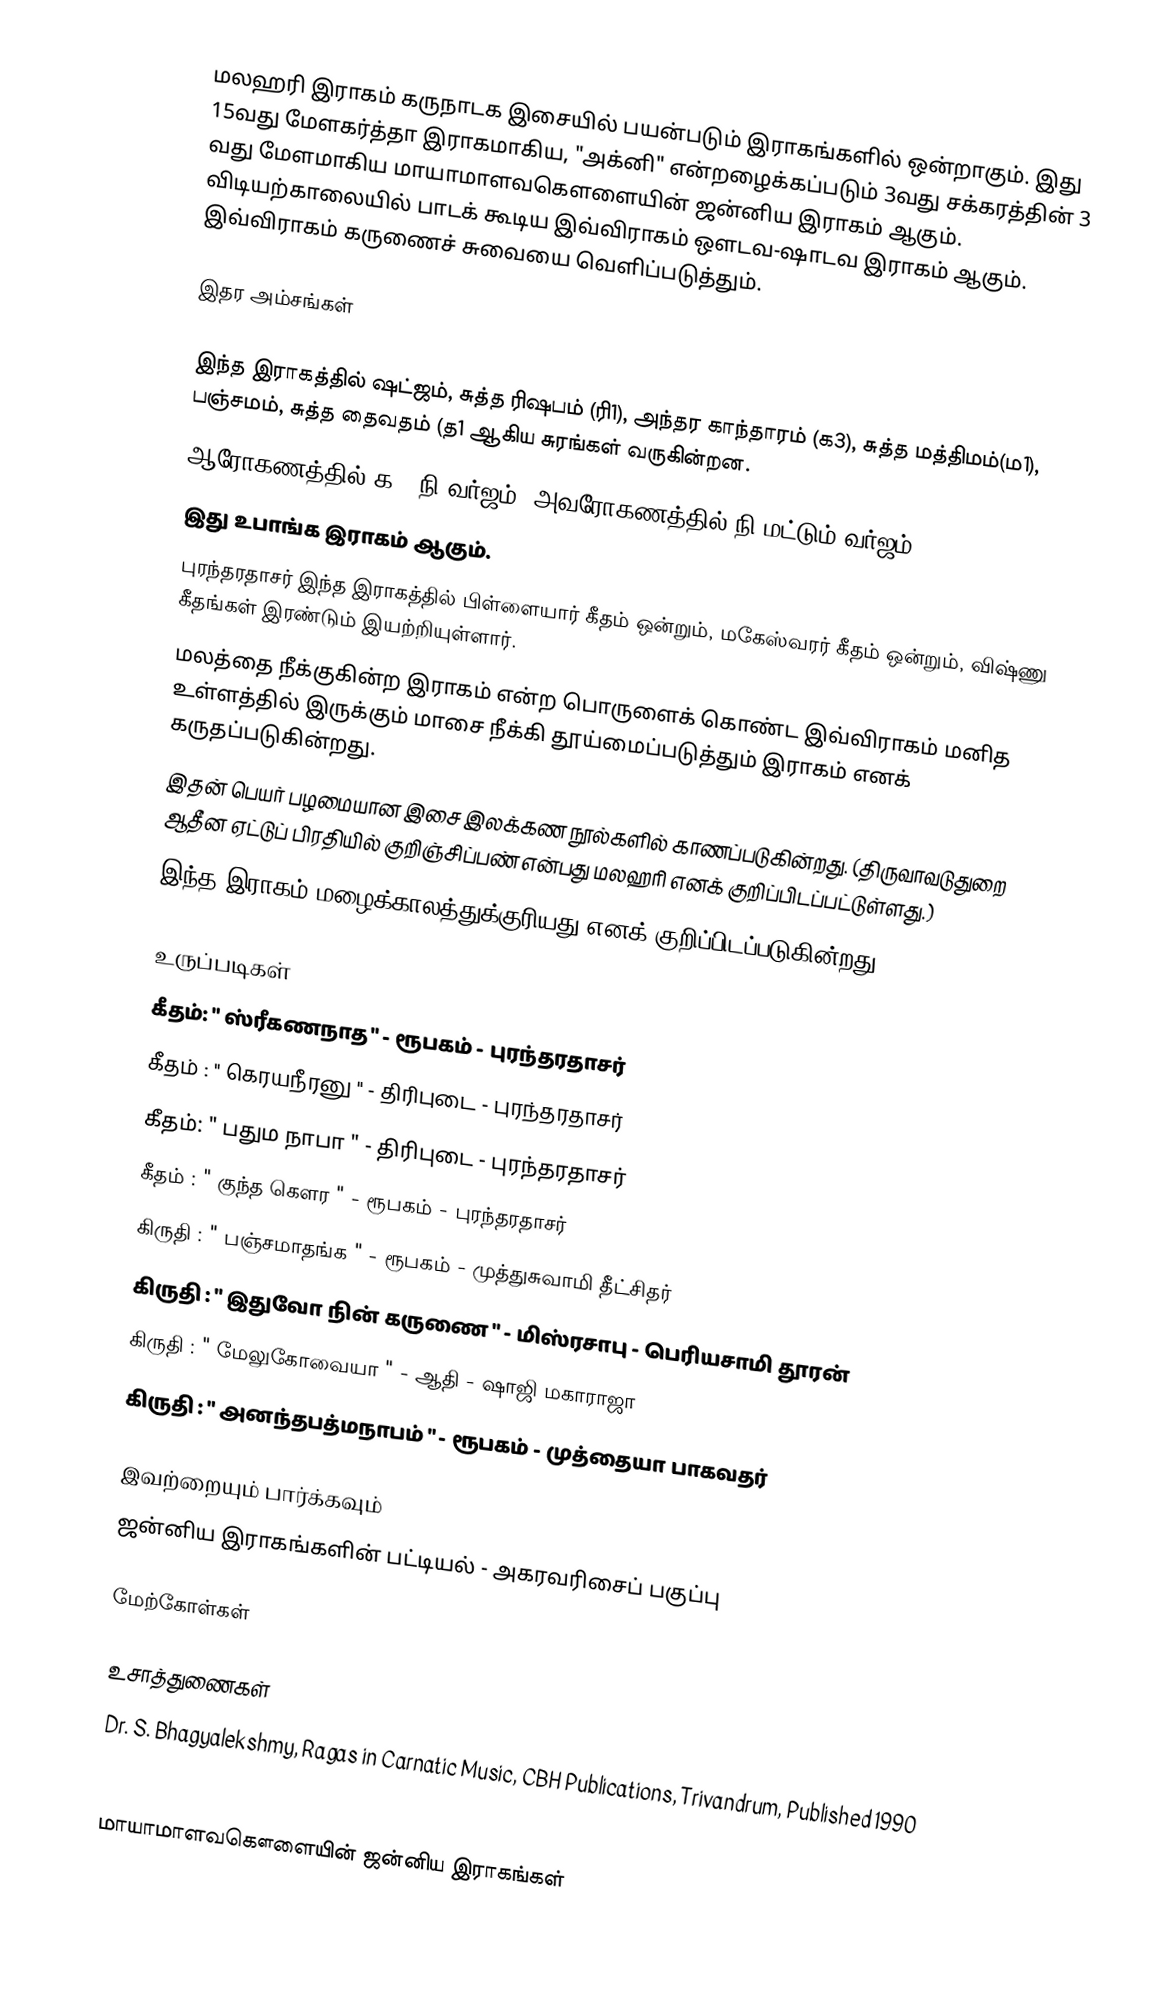
மலஹரி இராகம் கருநாடக இசையில் பயன்படும் இராகங்களில் ஒன்றாகும். இது 15வது மேளகர்த்தா இராகமாகிய, "அக்னி" என்றழைக்கப்படும் 3வது சக்கரத்தின் 3 வது மேளமாகிய மாயாமாளவகௌளையின் ஜன்னிய இராகம் ஆகும். விடியற்காலையில் பாடக் கூடிய இவ்விராகம் ஔடவ-ஷாடவ இராகம் ஆகும். இவ்விராகம் கருணைச் சுவையை வெளிப்படுத்தும்.

இதர அம்சங்கள்

 இந்த இராகத்தில் ஷட்ஜம், சுத்த ரிஷபம் (ரி1), அந்தர காந்தாரம் (க3), சுத்த மத்திமம்(ம1), பஞ்சமம், சுத்த தைவதம் (த1 ஆகிய சுரங்கள் வருகின்றன.
 ஆரோகணத்தில் க , நி வர்ஜம். அவரோகணத்தில் நி மட்டும் வர்ஜம்.
 இது உபாங்க இராகம் ஆகும்.
 புரந்தரதாசர் இந்த இராகத்தில் பிள்ளையார் கீதம் ஒன்றும், மகேஸ்வரர் கீதம் ஒன்றும், விஷ்ணு கீதங்கள் இரண்டும் இயற்றியுள்ளார்.
 மலத்தை நீக்குகின்ற இராகம் என்ற பொருளைக் கொண்ட இவ்விராகம் மனித உள்ளத்தில் இருக்கும் மாசை நீக்கி தூய்மைப்படுத்தும் இராகம் எனக் கருதப்படுகின்றது.
 இதன் பெயர் பழமையான இசை இலக்கண நூல்களில் காணப்படுகின்றது. (திருவாவடுதுறை ஆதீன ஏட்டுப் பிரதியில் குறிஞ்சிப்பண் என்பது மலஹரி எனக் குறிப்பிடப்பட்டுள்ளது.)
 இந்த இராகம் மழைக்காலத்துக்குரியது எனக் குறிப்பிடப்படுகின்றது.

உருப்படிகள்
 கீதம்: " ஸ்ரீகணநாத "		- ரூபகம்	- புரந்தரதாசர்
 கீதம்	: " கெரயநீரனு "		- திரிபுடை	- புரந்தரதாசர்
 கீதம்: " பதும நாபா "		- திரிபுடை	- புரந்தரதாசர்
 கீதம்	: " குந்த கௌர "		- ரூபகம்	- புரந்தரதாசர்
 கிருதி : " பஞ்சமாதங்க "	- ரூபகம்	- முத்துசுவாமி தீட்சிதர்
 கிருதி	: " இதுவோ நின் கருணை "	- மிஸ்ரசாபு	- பெரியசாமி தூரன்
 கிருதி	: " மேலுகோவையா "	- ஆதி		- ஷாஜி மகாராஜா
 கிருதி	: " அனந்தபத்மநாபம் "	- ரூபகம்	- முத்தையா பாகவதர்

இவற்றையும் பார்க்கவும்
 ஜன்னிய இராகங்களின் பட்டியல் - அகரவரிசைப் பகுப்பு

மேற்கோள்கள்

உசாத்துணைகள்
 Dr. S. Bhagyalekshmy, Ragas in Carnatic Music, CBH Publications, Trivandrum, Published 1990
 B. Subba Rao, Raganidhi, The Music Academy, Madras, Published 1965, 4th reprint 1996

மாயாமாளவகௌளையின் ஜன்னிய இராகங்கள்